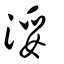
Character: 浽